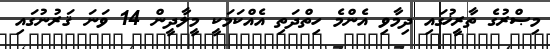
މިޞްރުގެ ތާރީޚުގައި ދިމާވި އެންމެ ހިތްދަތި އެއްކަމަކީ މީލާދީން 14 ވަނަ ޤަރުނުގައި